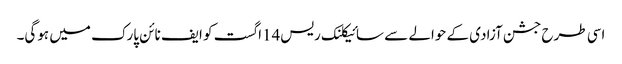
اسی طرح جشن آزادی کے حوالے سے سائیکلنک ریس14اگست کو ایف نائن پارک میں ہوگی۔